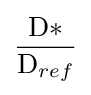
{\frac {\mathrm {D*} }{\mathrm {D} _{ref}}}